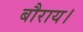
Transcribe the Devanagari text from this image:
बौराय।